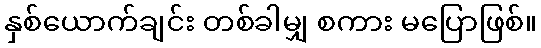
နှစ်ယောက်ချင်း တစ်ခါမျှ စကား မပြောဖြစ်။